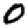
Digit: 0